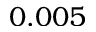
0 . 0 0 5